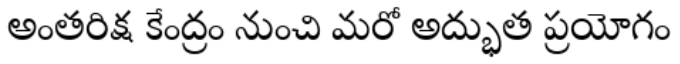
అంతరిక్ష కేంద్రం నుంచి మరో అద్భుత ప్రయోగం